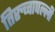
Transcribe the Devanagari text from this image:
तिरुच्चापल्ली